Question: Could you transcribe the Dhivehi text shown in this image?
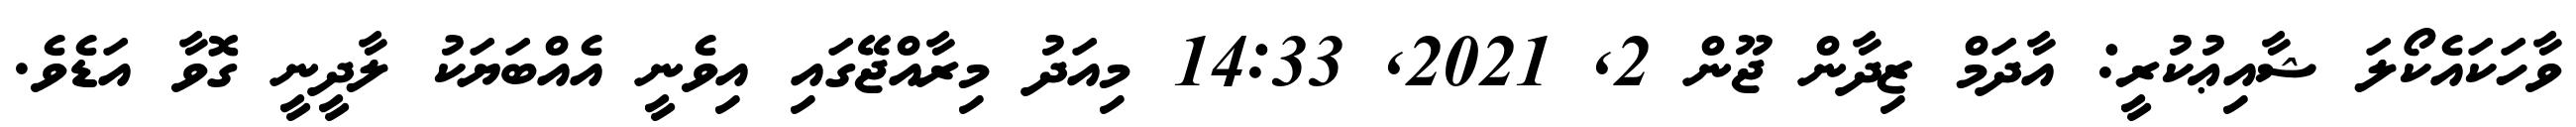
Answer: ވާހަކައެކޯލަ ޝާއިޢުކުރީ: އާދަމް ޒިދާން ޖޫން 2, 2021, 14:33 މިއަދު މިރާއްޖޭގައި އިވެނީ އެއްބަޔަކު ލާދީނީ ގޮވާ އަޑެވެ.